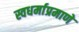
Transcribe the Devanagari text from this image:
स्वधर्माप्रमाणे